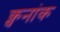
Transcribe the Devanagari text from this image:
क्वनांक